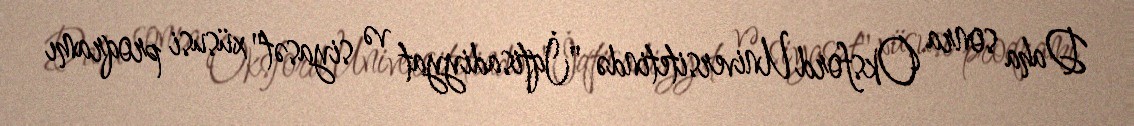
Daha sonra Oksford Universitetində "İqtisadiyyat və siyasət" xüsusi proqramı